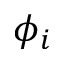
\phi _ { i }